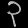
Digit: ၃